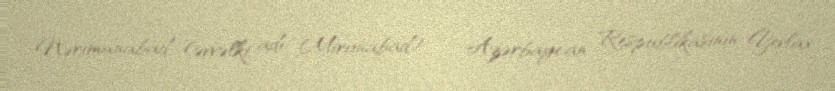
Nərimanabad (əvvəlki adı: Mironabad) — Azərbaycan Respublikasının Yevlax